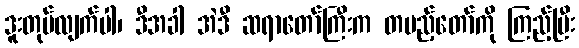
ဒူးတုပ်လျက်ပါ၊ ဒီအခါ အဲဒီ ဆရာတော်ကြီးက တပည့်တော်ကို ကြည့်ပြီး